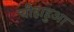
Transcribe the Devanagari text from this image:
चीहाहुआ